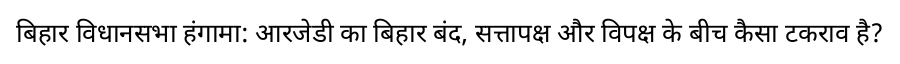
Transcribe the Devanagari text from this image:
बिहार विधानसभा हंगामा: आरजेडी का बिहार बंद, सत्तापक्ष और विपक्ष के बीच कैसा टकराव है?